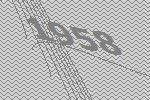
1958